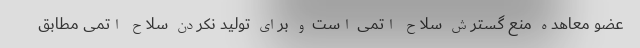
عضو معاهده منع گسترش سلاح اتمی است و برای تولید نکردن سلاح اتمی مطابق